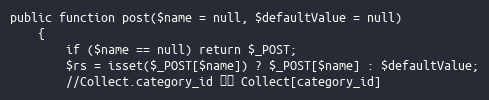
Language: PHP
public function post($name = null, $defaultValue = null)
    {
        if ($name == null) return $_POST;
        $rs = isset($_POST[$name]) ? $_POST[$name] : $defaultValue;
        //Collect.category_id 获取 Collect[category_id]